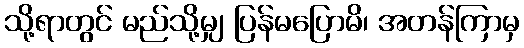
သို့ရာတွင် မည်သို့မျှ ပြန်မပြောမိ၊ အတန်ကြာမှ